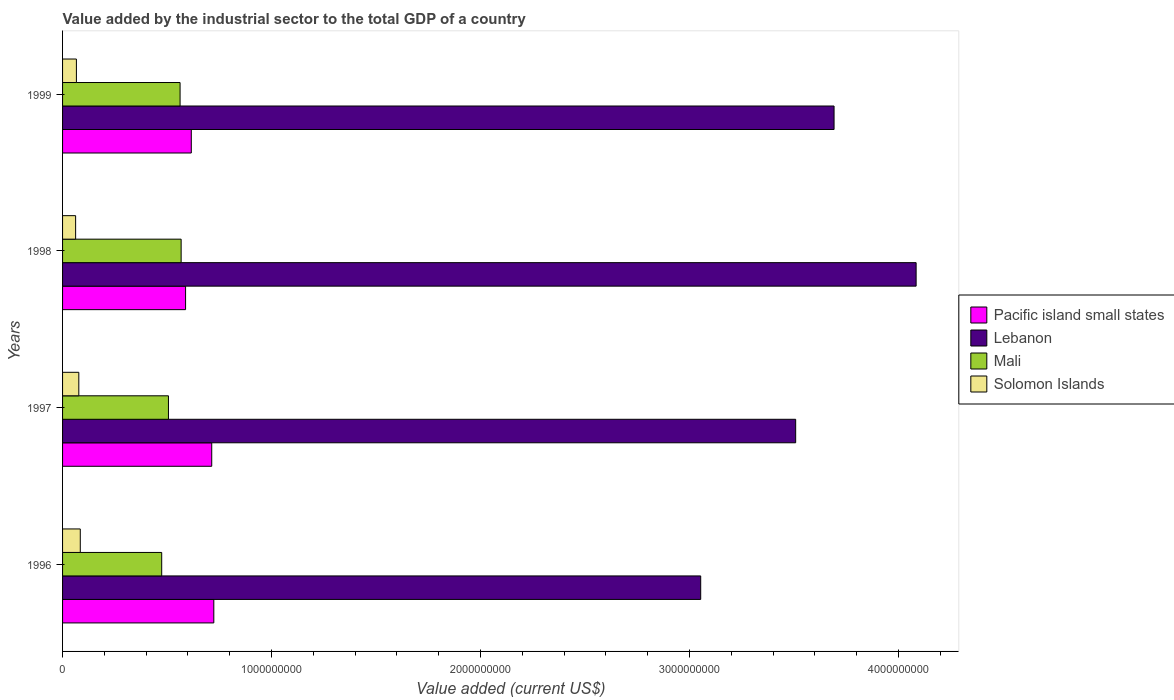
| Years | Pacific island small states | Lebanon | Mali | Solomon Islands |
 | --- | --- | --- | --- | --- |
 | 1996 | 7.24e+08 | 3.05e+09 | 4.74e+08 | 8.48e+07 |
 | 1997 | 7.14e+08 | 3.51e+09 | 5.07e+08 | 7.77e+07 |
 | 1998 | 5.89e+08 | 4.08e+09 | 5.67e+08 | 6.25e+07 |
 | 1999 | 6.16e+08 | 3.69e+09 | 5.62e+08 | 6.63e+07 |